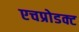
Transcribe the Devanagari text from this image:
एचप्रोडक्ट